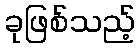
ခုဖြစ်သည့်